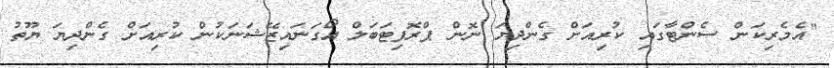
"އެމެރިކަން ސެންޓާގައި ކުރިއަށް ގެންދިޔަ ނޮން ޕްރޮފިޓަބަލް އޯގަނައިޒޭޝަނަކުން ކުރިއަށް ގެންދިޔަ ޔޫތު